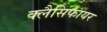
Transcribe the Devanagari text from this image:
क्लैसिफायर